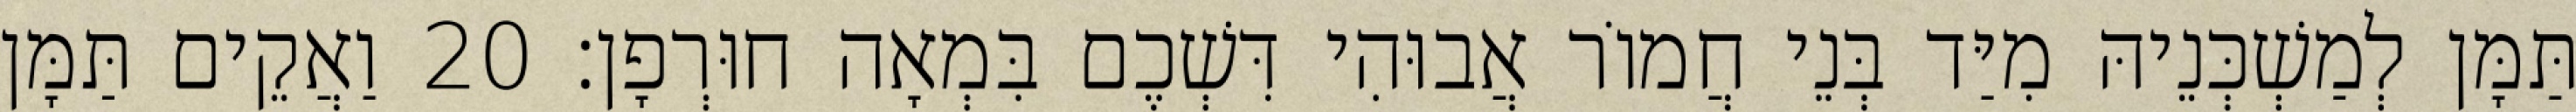
תַּמָּן לְמַשְׁכְּנֵיהּ מִיַּד בְּנֵי חֲמוֹר אֲבוּהִי דִּשְׁכֶם בִּמְאָה חוּרְפָן׃ 20 וַאֲקֵים תַּמָּן